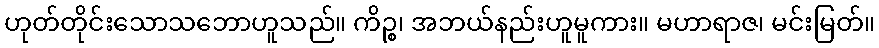
ဟုတ်တိုင်းသောသဘောဟူသည်။ ကိဉ္စ၊ အဘယ်နည်းဟူမူကား။ မဟာရာဇ၊ မင်းမြတ်။